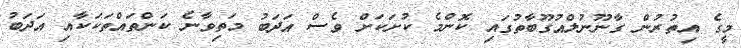
މީގެ އިތުރުން ގާނޫނުލްއުގޫބާތުގައި ކޮންމެ ކުށަކަށް ވެސް އަދަބު މަތިވާނެ ކަންތައްތަކަކާއި އަދަބު